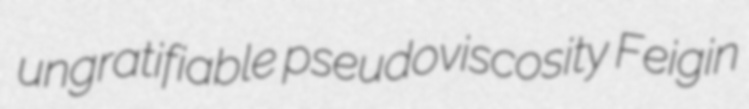
ungratifiable pseudoviscosity Feigin